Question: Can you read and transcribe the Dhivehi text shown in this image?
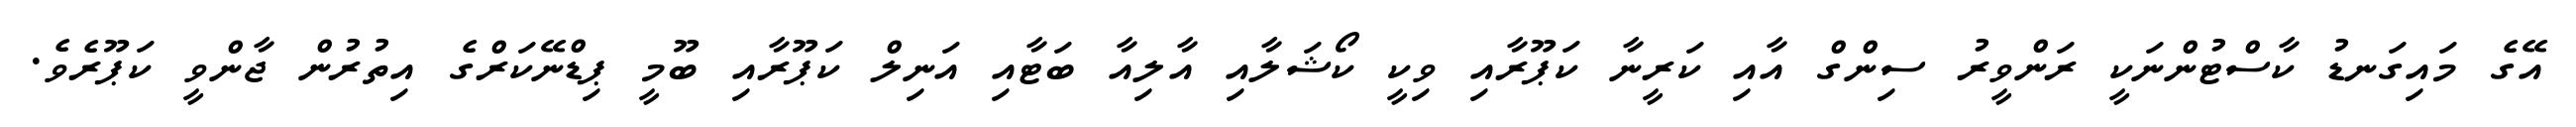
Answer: އޭގެ މައިގަނޑު ކާސްޓުންނަކީ ރަންވީރު ސިންގް އާއި ކަރީނާ ކަޕޫރާއި ވިކީ ކޯޝަލާއި އާލިއާ ބަޓާއި އަނިލް ކަޕޫރާއި ބޫމީ ޕިޑްނޭކަރްގެ އިތުރުން ޖާންވީ ކަޕޫރެވެ.